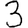
Digit: 3